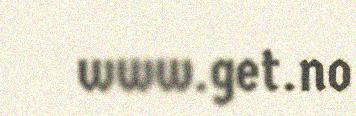
www.get.no